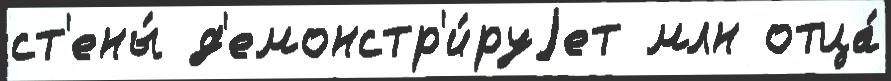
ст'ены́ д'емонстр'и́руjет млн отца́